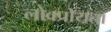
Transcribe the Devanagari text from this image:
लोक्प्रोयता